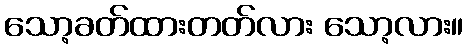
သော့ခတ်ထားတတ်လား သော့လား။